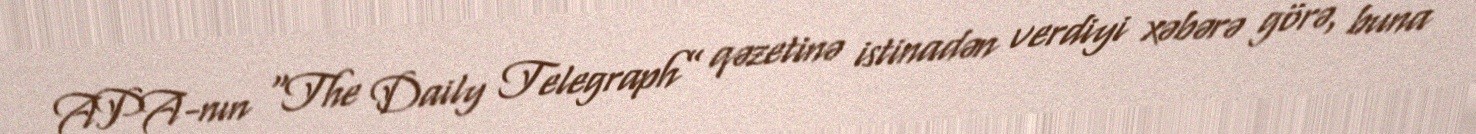
APA-nın “The Daily Telegraph” qəzetinə istinadən verdiyi xəbərə görə, buna